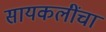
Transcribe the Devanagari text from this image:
सायकलींचा